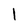
Character: 1